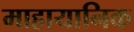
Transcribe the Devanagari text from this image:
माहायानिक